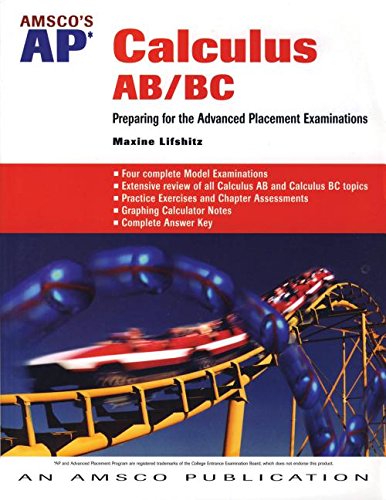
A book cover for Amsco's AP Calculus AB/BC: Preparing for the Advanced Placement Examinations; Maxine Lifshitz; Teen & Young Adult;